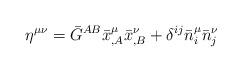
LaTeX: \begin{align*}\eta^{\mu\nu}=\bar{G}^{AB}\bar{x}^\mu_{,A}\bar{x}^\nu_{,B}+\delta^{ij}\bar{n}^\mu_{i}\bar{n}^\nu_{j}\end{align*}